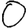
Digit: 0